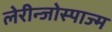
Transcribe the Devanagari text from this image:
लेरीन्जोस्पाज्म